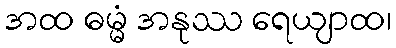
အထ ဓမ္မံ အနုဿ ရေယျာထ၊